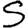
Digit: 5